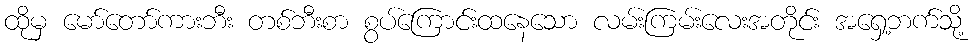
ထိုမှ မော်တော်ကားဘီး တစ်ဘီးစာ စွပ်ကြောင်းထနေသော လမ်းကြမ်းလေးအတိုင်း အရှေ့ဘက်သို့